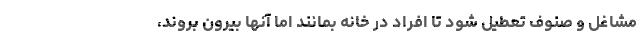
مشاغل و صنوف تعطیل شود تا افراد در خانه بمانند اما آنها بیرون بروند،